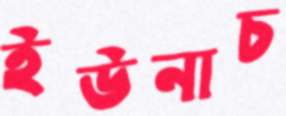
ইউনাচ